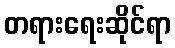
တရားရေးဆိုင်ရာ